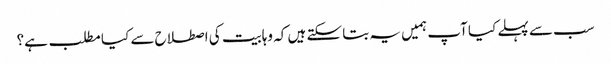
سب سے پہلے کیا آپ ہمیں یہ بتا سکتے ہیں کہ وہابیت کی اصطلاح سے کیا مطلب ہے؟